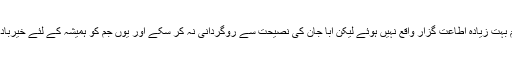
اگرچہ ہم بہت زیادہ اطاعت گزار واقع نہیں ہوئے لیکن ابّا جان کی نصیحت سے روگردانی نہ کر سکے اور یوں جم کو ہمیشہ کے لئے خیرباد کہہ دیا۔